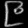
Digit: ၉